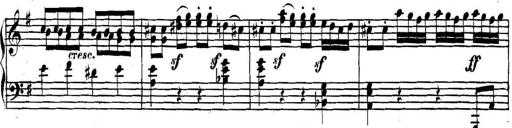
Title: Collected Piano Sonatas
Composer: Muzio Clementi